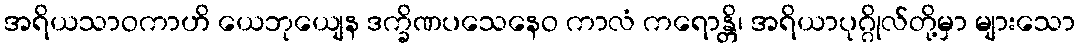
အရိယသာဝကာဟိ ယေဘုယျေန ဒက္ခိဏပသေနေဝ ကာလံ ကရောန္တိ၊ အရိယာပုဂ္ဂိုလ်တို့မှာ များသော